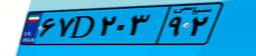
۶۴D۷۶۳۶۲